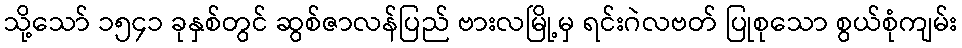
သို့သော် ၁၅၄၁ ခုနှစ်တွင် ဆွစ်ဇာလန်ပြည် ဗားလမြို့မှ ရင်းဂဲလဗတ် ပြုစုသော စွယ်စုံကျမ်း